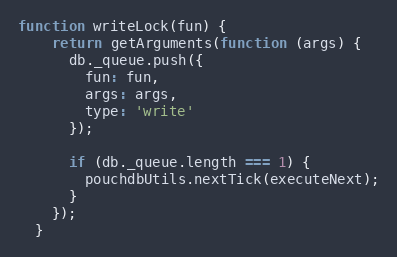
Language: JavaScript
function writeLock(fun) {
    return getArguments(function (args) {
      db._queue.push({
        fun: fun,
        args: args,
        type: 'write'
      });

      if (db._queue.length === 1) {
        pouchdbUtils.nextTick(executeNext);
      }
    });
  }